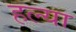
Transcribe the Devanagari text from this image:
हल्या